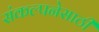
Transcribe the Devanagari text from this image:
संकल्पनेसाठी